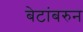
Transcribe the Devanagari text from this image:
बेटांबरुन